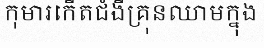
កុមារកើតជំងឺគ្រុនឈាមក្នុង